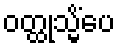
ဝတ္ထုသ္မိံပေ